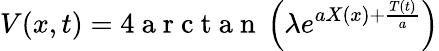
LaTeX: V(x,t)=4\mathrm{~a~r~c~t~a~n~}\left(\lambda e^{aX(x)+\frac{T(t)}{a}}\right)